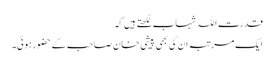
قدرت اللہ شہاب لکھتے ہیں کہ
ایک مرتبہ ان کی بھی پیشی خان صاحب کے حضور ہوئی۔